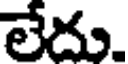
లేదు.